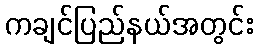
ကချင်ပြည်နယ်အတွင်း